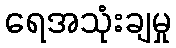
ရေအသုံးချမှု